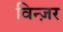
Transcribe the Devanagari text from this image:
विन्ज़र